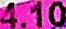
4.10